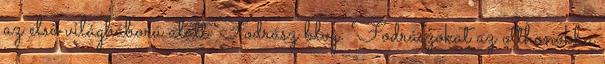
az első világháború alatt Fodrász blog: Fodrászokat az otthonokba